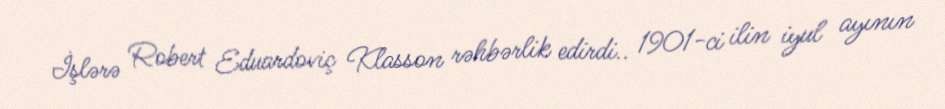
İşlərə Robert Eduardoviç Klasson rəhbərlik edirdi.. 1901-ci ilin iyul ayının